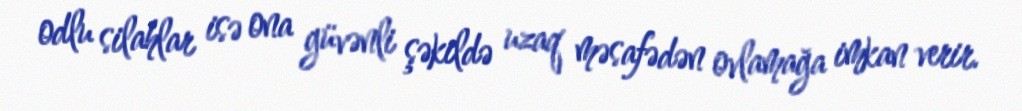
odlu silahlar isə ona güvənli şəkildə uzaq məsafədən ovlamağa imkan verir.